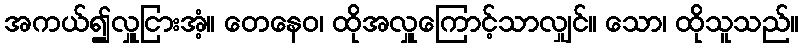
အကယ်၍လှူငြားအံ့။ တေနေဝ၊ ထိုအလှူကြောင့်သာလျှင်။ သော၊ ထိုသူသည်။